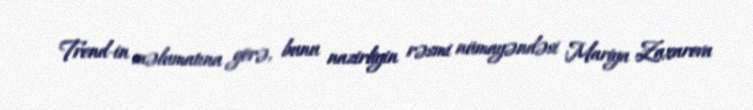
Trend-in məlumatına görə, bunu nazirliyin rəsmi nümayəndəsi Mariya Zaxarova